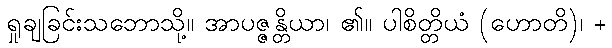
ရှုချခြင်းသဘောသို့။ အာပဇ္ဇန္တိယာ၊ ၏။ ပါစိတ္တိယံ (ဟောတိ)၊ +